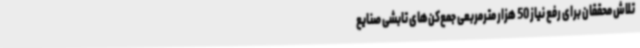
تلاش محققان برای رفع نیاز 50 هزار مترمربعی جمع‌کن‌های تابشی صنایع